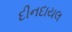
દીનદાયલ